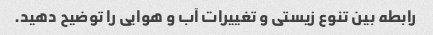
رابطه بین تنوع زیستی و تغییرات آب و هوایی را توضیح دهید.